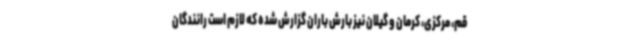
قم، مرکزی، کرمان و گیلان نیز بارش باران گزارش شده که لازم است رانندگان